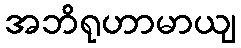
အဘိရုဟာမာယျ